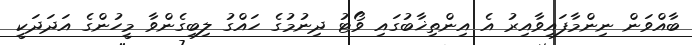
ބާއްވަން ނިންމާފައިވާއިރު އެ އިންތިޚާބުގައި ވޯޓު ދިނުމުގެ ހައްގު ލިބިގެންވާ މީހުންގެ އަދަދަކީ